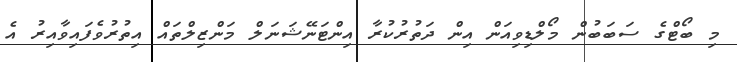
މި ބޯޓްގެ ސަބަބުން މޯލްޑިވިއަން އިން ދަތުރުކުރާ އިންޓަނޭޝަނަލް މަންޒިލްތައް އިތުރުވެފައިވާއިރު އެ